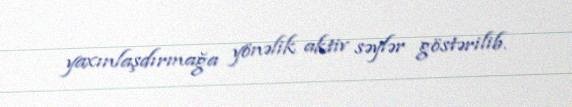
yaxınlaşdırmağa yönəlik aktiv səylər göstərilib.